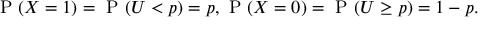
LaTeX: { \textrm { P } } ( X = 1 ) = { \textrm { P } } ( U < p ) = p , { \textrm { P } } ( X = 0 ) = { \textrm { P } } ( U \geq p ) = 1 - p .